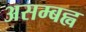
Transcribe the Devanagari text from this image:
असम्बह्व